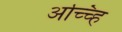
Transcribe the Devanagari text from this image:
अच्च्हि